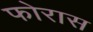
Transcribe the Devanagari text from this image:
फोरास